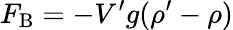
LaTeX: F_{\mathrm{B}}=-V^{\prime}g(\rho^{\prime}-\rho)